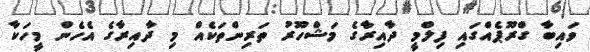
ވައިބާ ގްރޫޕެއްގައި ފިލްމީ ދާއިރާގެ މަޝްހޫރު ތަރިންތަކެއް މި ދާއިރާގެ އެހެން މީހަކާ